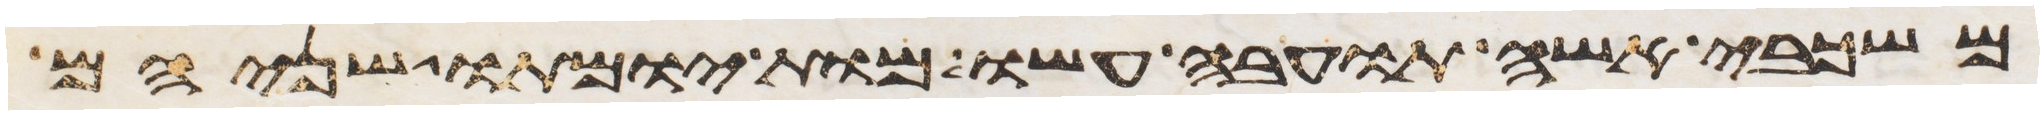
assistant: משכבי אשה תועבה עשו מות יומתו שניהם